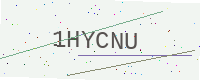
Text: 1HYCNU